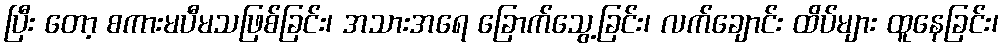
ပြီး တော့ စကားမပီမသဖြစ်ခြင်း၊ အသားအရေ ခြောက်သွေ့ခြင်း၊ လက်ချောင်း ထိပ်များ ထူနေခြင်း၊